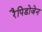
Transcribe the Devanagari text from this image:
रैपिडोजेन